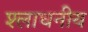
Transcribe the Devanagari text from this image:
श्लाधनीय